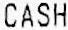
CASH